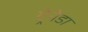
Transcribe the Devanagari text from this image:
ग्र्रेनेडा